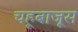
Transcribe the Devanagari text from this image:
चहूबाजूस